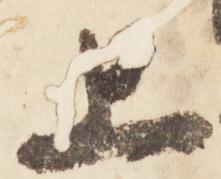
上